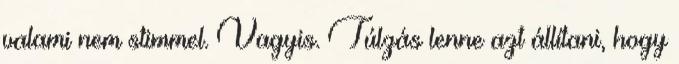
valami nem stimmel. Vagyis. Túlzás lenne azt állítani, hogy